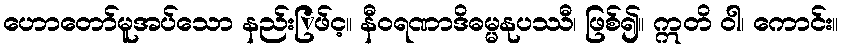
ဟောတော်မူအပ်သော နည်းြဖ်င့။ နီဝရဏာဒိဓမ္မနုပဿီ၊ ဖြစ်၍။ ဣတိ ဝါ၊ ကောင်း။